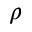
\rho